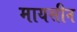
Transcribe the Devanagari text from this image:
मायसीन